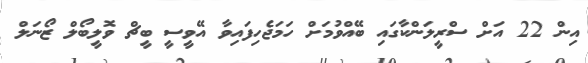
އިން 22 އަށް ސްރީލަންކާގައި ބޭއްވުމަށް ހަމަޖެހިފައިވާ އޭވީސީ ބީޗް ވޮލީބޯލް ޒޯނަލް